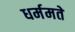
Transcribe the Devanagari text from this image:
धर्ममते